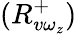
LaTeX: (R_{v\omega_{z}}^{+})